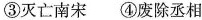
③灭亡南宋 ④废除丞相